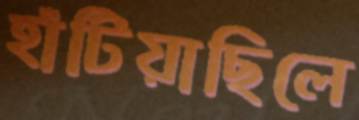
হাঁটিয়াছিলে